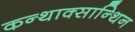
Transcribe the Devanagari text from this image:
कन्थाक्सान्थिन